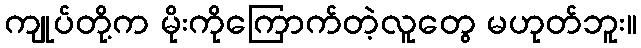
ကျုပ်တို့က မိုးကိုကြောက်တဲ့လူတွေ မဟုတ်ဘူး။